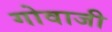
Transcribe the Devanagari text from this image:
गोवाजी